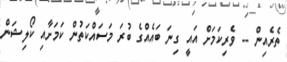
ތެރެއިން -- ވެރިކަމަށް އައީ ގިނަ ބައެއްގެ ބުރަ މަސައްކަތުން ކަމަށާއި ކޯލިޝަން